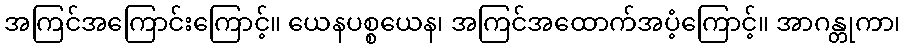
အကြင်အကြောင်းကြောင့်။ ယေနပစ္စယေန၊ အကြင်အထောက်အပံ့ကြောင့်။ အာဂန္တုကာ၊